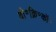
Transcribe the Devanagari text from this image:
वी॰क्रि॰कॉ॰